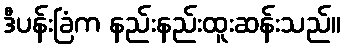
ဒီပန်းခြံက နည်းနည်းထူးဆန်းသည်။